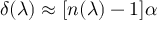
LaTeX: \delta ( \lambda ) \approx [ n ( \lambda ) - 1 ] \alpha